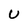
Character: U